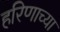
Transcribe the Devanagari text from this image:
हरिणाच्या